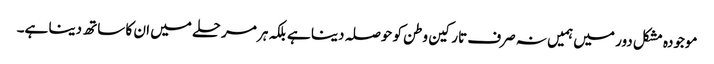
موجودہ مشکل دور میں ہمیں نہ صرف تارکین وطن کو حوصلہ دینا ہے بلکہ ہر مرحلے میں ان کا ساتھ دینا ہے۔